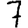
Digit: 7